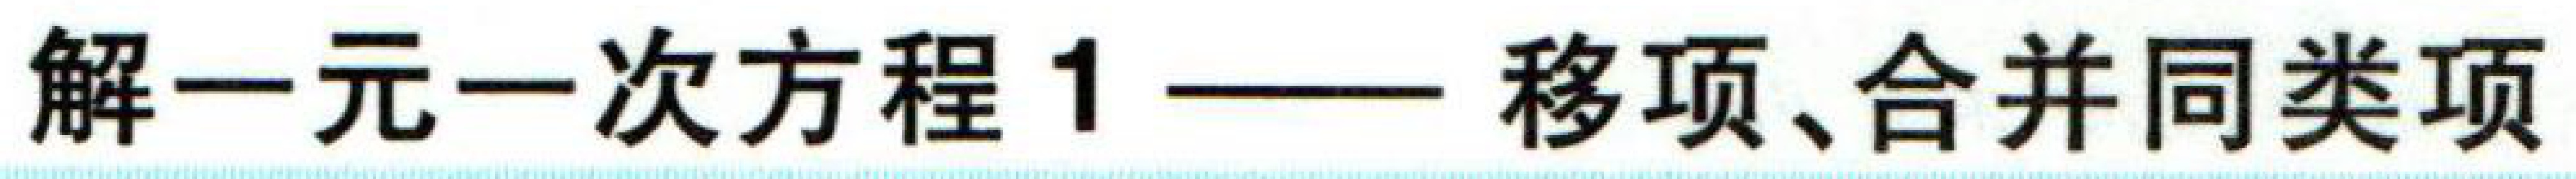
解一元一次方程1——移项、合并同类项